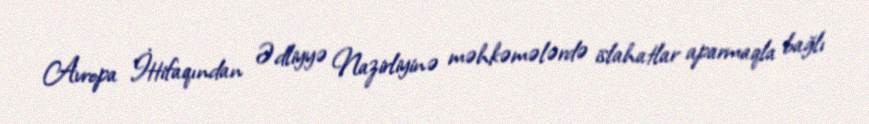
Avropa İttifaqından Ədliyyə Nazirliyinə məhkəmələrdə islahatlar aparmaqla bağlı